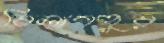
বিলাশপুর